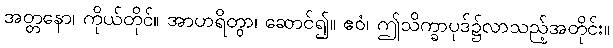
အတ္တနော၊ ကိုယ်တိုင်။ အာဟရိတွာ၊ ဆောင်၍။ ဧဝံ၊ ဤသိက္ခာပုဒ်၌လာသည့်အတိုင်း။